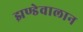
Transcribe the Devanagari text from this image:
झण्डेवालान